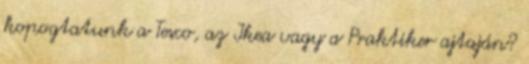
kopogtatunk a Tesco, az Ikea vagy a Praktiker ajtaján?